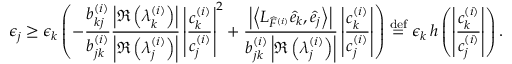
\epsilon _ { j } \geq \epsilon _ { k } \left( - \frac { b _ { k j } ^ { ( i ) } } { b _ { j k } ^ { ( i ) } } \frac { \left| \Re \left( \lambda _ { k } ^ { ( i ) } \right) \right| } { \left| \Re \left( \lambda _ { j } ^ { ( i ) } \right) \right| } \left| \frac { c _ { k } ^ { ( i ) } } { c _ { j } ^ { ( i ) } } \right| ^ { 2 } + \frac { \left| \left\langle L _ { \widehat { F } ^ { ( i ) } } \widehat { e } _ { k } , \widehat { e } _ { j } \right\rangle \right| } { b _ { j k } ^ { ( i ) } \left| \Re \left( \lambda _ { j } ^ { ( i ) } \right) \right| } \left| \frac { c _ { k } ^ { ( i ) } } { c _ { j } ^ { ( i ) } } \right| \right) \stackrel { \mathrm { d e f } } { = } \epsilon _ { k } \, h \left( \left| \frac { c _ { k } ^ { ( i ) } } { c _ { j } ^ { ( i ) } } \right| \right) .